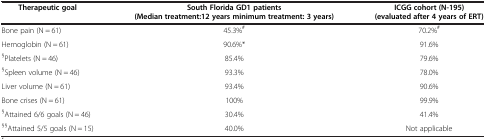
<table><thead><tr><td><b>Therapeutic goal</b></td><td><b>South Florida GD1 patients (Median treatment:12 years minimum treatment: 3 years)</b></td><td><b>ICGG cohort (N-195) (evaluated after 4 years of ERT)</b></td></tr></thead><tbody><tr><td>Bone pain (N = 61)</td><td>45.3%<sup>#</sup></td><td>70.2%<sup>#</sup></td></tr><tr><td>Hemoglobin (N = 61)</td><td>90.6%*</td><td>91.6%</td></tr><tr><td><sup>§</sup>Platelets (N = 46)</td><td>85.4%</td><td>79.6%</td></tr><tr><td><sup>§</sup>Spleen volume (N = 46)</td><td>93.3%</td><td>78.0%</td></tr><tr><td>Liver volume (N = 61)</td><td>93.4%</td><td>90.6%</td></tr><tr><td>Bone crises (N = 61)</td><td>100%</td><td>99.9%</td></tr><tr><td><sup>§</sup>Attained 6/6 goals (N = 46)</td><td>30.4%</td><td>41.4%</td></tr><tr><td><sup>§§</sup>Attained 5/5 goals (N = 15)</td><td>40.0%</td><td>Not applicable</td></tr></tbody></table>